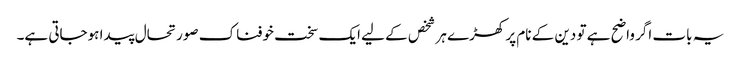
یہ بات اگر واضح ہے تو دین کے نام پر کھڑے ہر شخص کے لیے ایک سخت خوفناک صورتحال پیدا ہوجاتی ہے۔